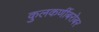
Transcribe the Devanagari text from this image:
कुलकर्णीबरोबर